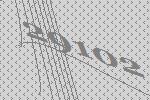
29102